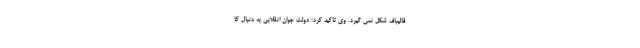
قالیباف شکل نمی گیرد. وی تاکید کرد: دولت جوان انقلابی به دنبال کا